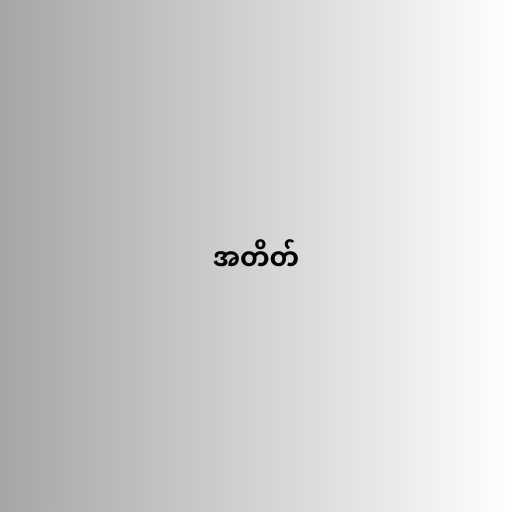
အတိတ်